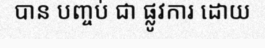
បាន បញ្ចប់ ជា ផ្លូវការ ដោយ